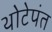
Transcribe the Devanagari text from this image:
थोटेपंत